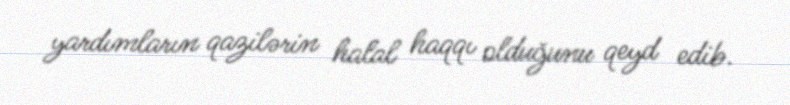
yardımların qazilərin halal haqqı olduğunu qeyd edib.